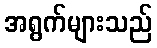
အရွက်များသည်